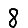
Digit: 8